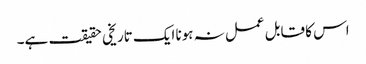
اس کا قابل عمل نہ ہونا ایک تاریخی حقیقت ہے۔